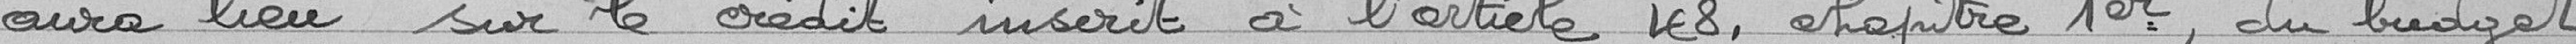
aura lieu sur le crédit inscrit à l'article 48, chapitre premier, du budget